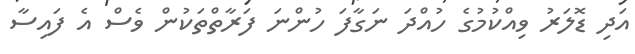
އަދި ޑޮލަރު ވިއްކުމުގެ ހުއްދަ ނަގާފަ ހުންނަ ފަރާތްތަކުން ވެސް އެ ފައިސާ